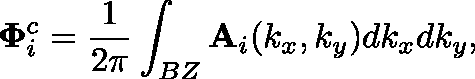
\mathbf { \Phi } _ { i } ^ { c } = \frac { 1 } { 2 \pi } \int _ { B Z } \mathbf { A } _ { i } ( k _ { x } , k _ { y } ) d k _ { x } d k _ { y } ,